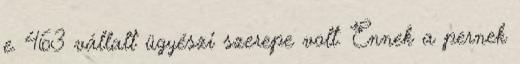
e. 463 vállalt ügyészi szerepe volt. Ennek a pernek